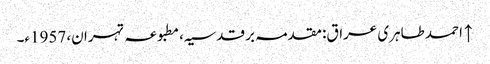
↑ احمد طاہری عراق: مقدمہ بر قدسیہ، مطبوعہ تہران، 1957ء۔